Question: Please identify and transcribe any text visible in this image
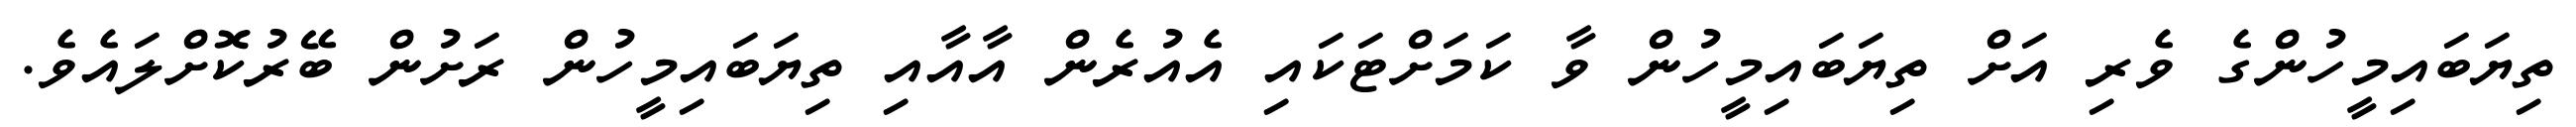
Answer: ތިޔަބައިމީހުންގެ ވެރި އަށް ތިޔަބައިމީހުން ވާ ކަމަށްޓަކައި އެއުރެން އާއާއި ތިޔަބައިމީހުން ރަށުން ބޭރުކޮށްލައެވެ.